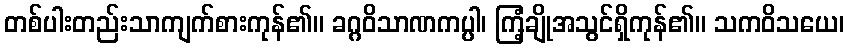
တစ်ပါးတည်းသာကျက်စားကုန်၏။ ခဂ္ဂဝိသာဏကပ္ပါ၊ ကြံ့ချိုအသွင်ရှိကုန်၏။ သကဝိသယေ၊